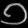
Digit: ၁